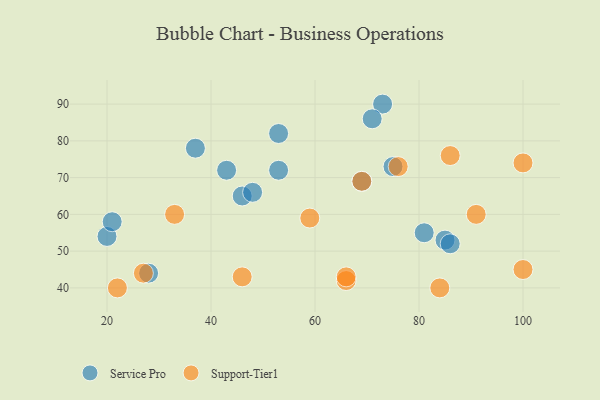
{"axis": {"x": "GDP", "y": "Life Expectancy"}, "legend": ["Service Pro", "Support-Tier1"], "data": [{"x": "85", "y": 53, "type": "Service Pro"}, {"x": "53", "y": 72, "type": "Service Pro"}, {"x": "46", "y": 65, "type": "Service Pro"}, {"x": "81", "y": 55, "type": "Service Pro"}, {"x": "73", "y": 90, "type": "Service Pro"}, {"x": "69", "y": 69, "type": "Service Pro"}, {"x": "20", "y": 54, "type": "Service Pro"}, {"x": "86", "y": 52, "type": "Service Pro"}, {"x": "53", "y": 82, "type": "Service Pro"}, {"x": "37", "y": 78, "type": "Service Pro"}, {"x": "43", "y": 72, "type": "Service Pro"}, {"x": "28", "y": 44, "type": "Service Pro"}, {"x": "71", "y": 86, "type": "Service Pro"}, {"x": "48", "y": 66, "type": "Service Pro"}, {"x": "21", "y": 58, "type": "Service Pro"}, {"x": "75", "y": 73, "type": "Service Pro"}, {"x": "100", "y": 45, "type": "Support-Tier1"}, {"x": "33", "y": 60, "type": "Support-Tier1"}, {"x": "66", "y": 42, "type": "Support-Tier1"}, {"x": "84", "y": 40, "type": "Support-Tier1"}, {"x": "76", "y": 73, "type": "Support-Tier1"}, {"x": "59", "y": 59, "type": "Support-Tier1"}, {"x": "91", "y": 60, "type": "Support-Tier1"}, {"x": "66", "y": 43, "type": "Support-Tier1"}, {"x": "100", "y": 74, "type": "Support-Tier1"}, {"x": "27", "y": 44, "type": "Support-Tier1"}, {"x": "69", "y": 69, "type": "Support-Tier1"}, {"x": "46", "y": 43, "type": "Support-Tier1"}, {"x": "22", "y": 40, "type": "Support-Tier1"}, {"x": "86", "y": 76, "type": "Support-Tier1"}]}